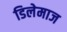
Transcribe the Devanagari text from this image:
डिलेमाज